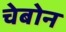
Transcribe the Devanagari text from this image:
चेबोन